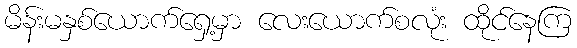
မိန်းမနှစ်ယောက်ရှေ့မှာ လေးယောက်စလုံး ထိုင်နေကြ